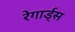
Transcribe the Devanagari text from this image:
रेगार्ड्स